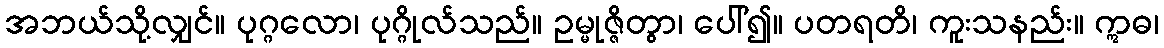
အဘယ်သို့လျှင်။ ပုဂ္ဂလော၊ ပုဂ္ဂိုလ်သည်။ ဥမ္မုဇ္ဇိတွာ၊ ပေါ်၍။ ပတရတိ၊ ကူးသနည်း။ ဣဓ၊